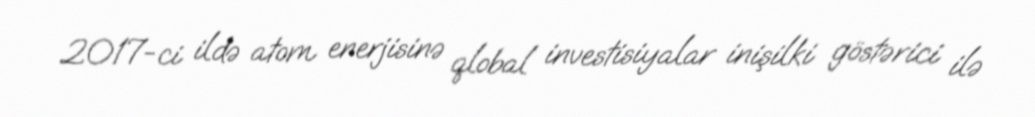
2017-ci ildə atom enerjisinə qlobal investisiyalar inişilki göstərici ilə